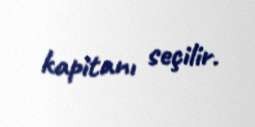
kapitanı seçilir.